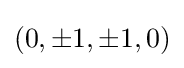
(0,\pm 1,\pm 1,0)